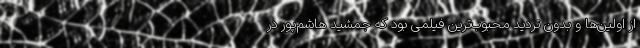
از اولین‌ها و بدون تردید محبوب‌ترین فیلمی بود که جمشید هاشم‌پور در